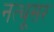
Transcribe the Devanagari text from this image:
नत्थूसर